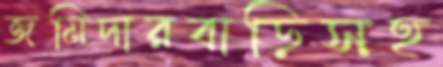
জমিদারবাড়িসহ